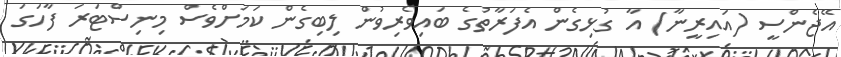
އޭޖެންސީ (އައިރީނާ) އާ ގުޅިގެން އެފަރާތުގެ ބައިވެރިވުން ލިބިގެން ކަމަށްވެސް މިނިސްޓަރަ ފާހަގަ